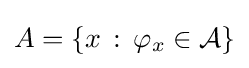
A=\{x\,:\,\varphi _{x}\in {\mathcal {A}}\}